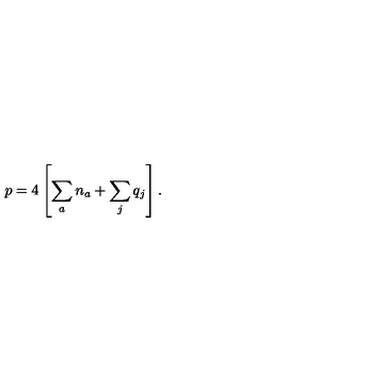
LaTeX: p = 4 \left[ \sum _ { a } n _ { a } + \sum _ { j } q _ { j } \right] .